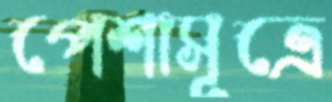
পেশাসূত্রে